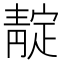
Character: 靛